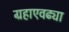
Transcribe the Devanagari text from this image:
ग्रहाएवढ्या